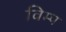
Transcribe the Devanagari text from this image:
विम्प